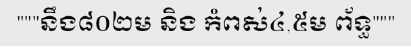
"""នឹង៨០២ម និង កំពស់៤,៥ម ព័ទ្ធ"""